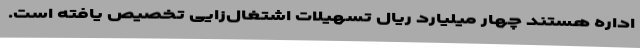
اداره هستند چهار میلیارد ریال تسهیلات اشتغال‌زایی تخصیص یافته است.